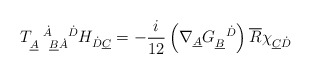
\begin{align*}T_{\underline{A}\ \ \underline{B}\dot A}^{\ \ \dot A\ \ \ \dot D} H_{\dot D\underline{C}}=-\frac{i}{12} \left( \nabla_{\underline{A}} G_{\underline{B}}^{\ \ \dot D}\right) \overline{R}\chi_{\underline{C}\dot D}\end{align*}